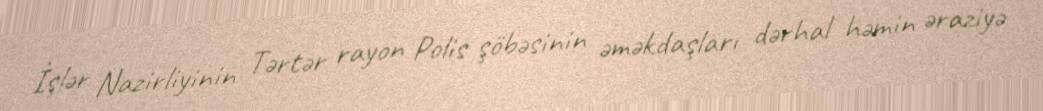
İşlər Nazirliyinin Tərtər rayon Polis şöbəsinin əməkdaşları dərhal həmin əraziyə